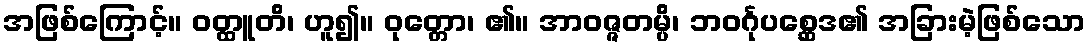
အဖြစ်ကြောင့်။ ဝတ္ထူတိ၊ ဟူ၍။ ဝုတ္တော၊ ၏။ အာဝဇ္ဇတမ္ပိ၊ ဘဝင်္ဂုပစ္ဆေဒ၏ အခြားမဲ့ဖြစ်သော